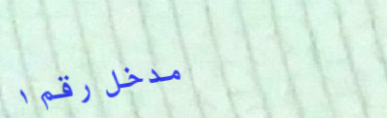
مدخل رقم ١